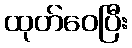
ထုတ်ဝေပြီး